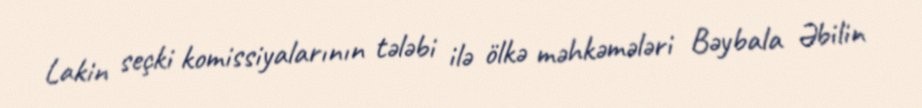
Lakin seçki komissiyalarının tələbi ilə ölkə məhkəmələri Bəybala Əbilin